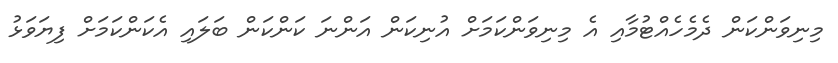
މިނިވަންކަން ދެމެހެއްޓުމާއި އެ މިނިވަންކަމަށް އުނިކަން އަންނަ ކަންކަން ބަލައި އެކަންކަމަށް ފިޔަވަޅު